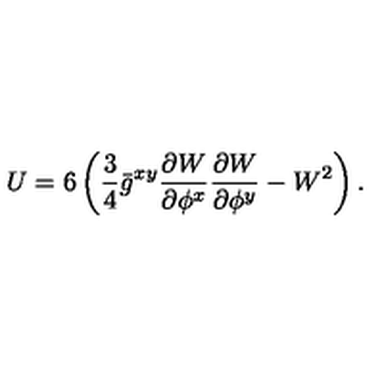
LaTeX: U = 6 \left( \frac { 3 } { 4 } \bar { g } ^ { x y } \frac { \partial { W } } { \partial { \phi ^ { x } } } \frac { \partial { W } } { \partial { \phi ^ { y } } } - W ^ { 2 } \right) .